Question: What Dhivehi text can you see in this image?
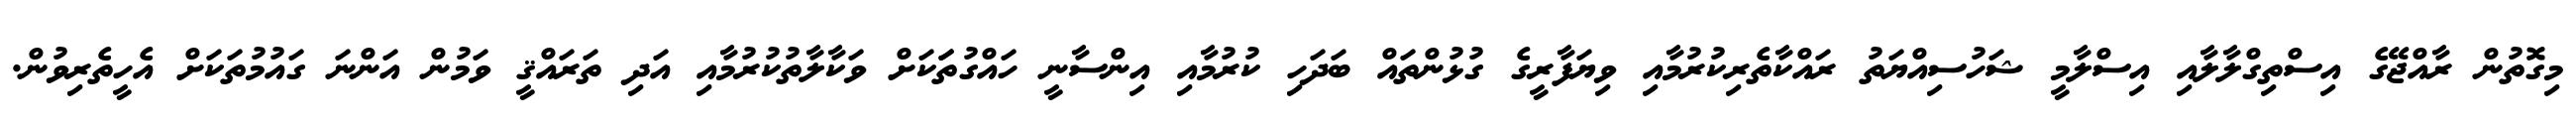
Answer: މިގޮތުން ރާއްޖޭގެ އިސްތިގްލާލާއި އިސްލާމީ ޝަހުސިއްޔަތު ރައްކާތެރިކުރުމާއި ވިޔަފާރީގެ ގުޅުންތައް ބަދަހި ކުރުމާއި އިންސާނީ ހައްގުތަަކަށް ވަކާލާތުކުރުމާއި އަދި ތަރައްޤީ ވަމުން އަންނަ ގައުމުތަކަށް އެހީތެރިވުން.